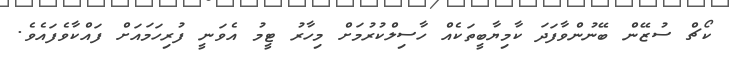
ކޯޗް ސުޒޭން ބޭނުންވާފަދަ ކާމިޔާބީތަކެއް ހާސިލްކުރުމަށް މިހާރު ޓީމު އެވަނީ ފުރިހަމައަށް ފައްކާވެފައެވެ.